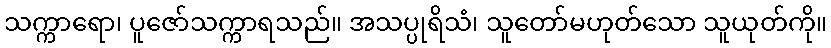
သက္ကာရော၊ ပူဇော်သက္ကာရသည်။ အသပ္ပုရိသံ၊ သူတော်မဟုတ်သော သူယုတ်ကို။